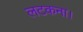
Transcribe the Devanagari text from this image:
लटकना।